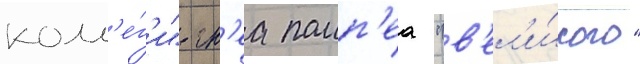
колл'е́г'и" гн'еа помп'еа "в'ел'и́кого"